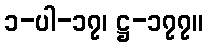
၁-ပါ-၁၇၊ ဋ္ဌ-၁၇၇။